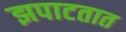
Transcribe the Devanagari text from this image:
झपाटतात